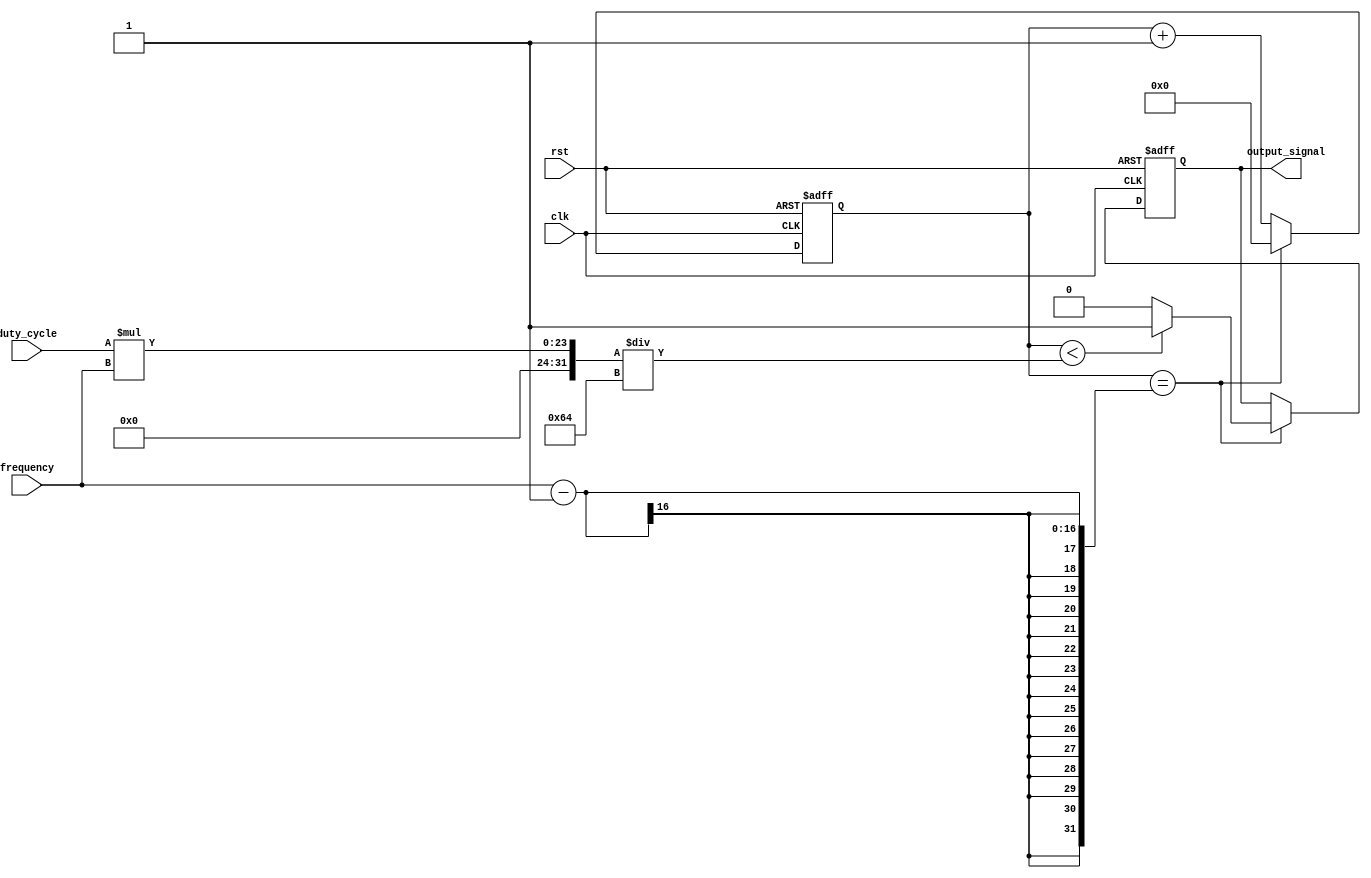
module periodic_timer(
    input wire clk,
    input wire rst,
    input wire [15:0] frequency, // Frequency of the output signal
    input wire [7:0] duty_cycle, // Duty cycle of the output signal
    output reg output_signal
);

reg [15:0] counter = 0; // Counter to keep track of time

always @(posedge clk or posedge rst) begin
    if(rst) begin
        counter <= 0;
        output_signal <= 0;
    end else begin
        if(counter == frequency - 1) begin
            counter <= 0;
            output_signal <= (counter < (duty_cycle * frequency / 100)) ? 1 : 0;
        end else begin
            counter <= counter + 1;
        end
    end
end

endmodule